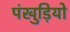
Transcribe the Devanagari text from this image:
पंखुड़ियो